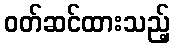
ဝတ်ဆင်ထားသည့်